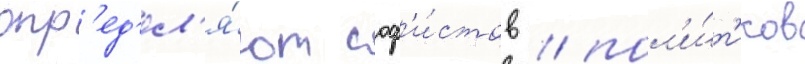
опр'ед'ел'я́ют соф'и́стов / пол'и́т'иков